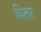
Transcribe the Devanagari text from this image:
थिलर